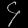
Digit: ၄